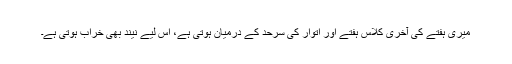
میری ہفتے کی آخری کلاس ہفتے اور اتوار کی سرحد کے درمیان ہوتی ہے، اس لیے نیند بھی خراب ہوتی ہے۔